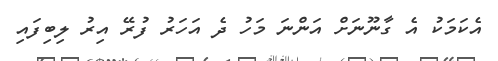
އެކަމަކު އެ ގާނޫނަށް އަންނަ މަހު ދެ އަހަރު ފުރޭ އިރު ލިބިފައި